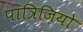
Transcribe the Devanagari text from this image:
पात्रिज़ियो